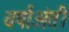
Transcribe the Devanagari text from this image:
वर्षाअंती